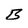
Character: B